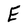
Character: E